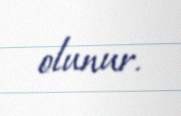
olunur.